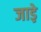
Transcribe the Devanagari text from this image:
जाड़े़